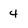
Character: 4